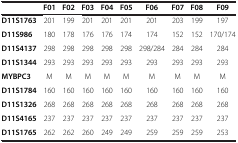
<table><thead><tr><td><b> </b></td><td><b>F01</b></td><td><b>F02</b></td><td><b>F03</b></td><td><b>F04</b></td><td><b>F05</b></td><td><b>F06</b></td><td><b>F07</b></td><td><b>F08</b></td><td><b>F09</b></td></tr></thead><tbody><tr><td><b>D11S1763</b></td><td>201</td><td>199</td><td>201</td><td>201</td><td>201</td><td>201</td><td>203</td><td>199</td><td>197</td></tr><tr><td><b>D11S986</b></td><td>180</td><td>178</td><td>176</td><td>176</td><td>174</td><td>174</td><td>152</td><td>152</td><td>170/174</td></tr><tr><td><b>D11S4137</b></td><td>298</td><td>298</td><td>298</td><td>298</td><td>298</td><td>298/284</td><td>284</td><td>284</td><td>284</td></tr><tr><td><b>D11S1344</b></td><td>293</td><td>293</td><td>293</td><td>293</td><td>293</td><td>293</td><td>293</td><td>293</td><td>293</td></tr><tr><td><b>MYBPC3</b></td><td>M</td><td>M</td><td>M</td><td>M</td><td>M</td><td>M</td><td>M</td><td>M</td><td>M</td></tr><tr><td><b>D11S1784</b></td><td>160</td><td>160</td><td>160</td><td>160</td><td>160</td><td>160</td><td>160</td><td>160</td><td>160</td></tr><tr><td><b>D11S1326</b></td><td>268</td><td>268</td><td>268</td><td>268</td><td>268</td><td>268</td><td>268</td><td>268</td><td>268</td></tr><tr><td><b>D11S4165</b></td><td>237</td><td>237</td><td>237</td><td>237</td><td>237</td><td>237</td><td>237</td><td>237</td><td>237</td></tr><tr><td><b>D11S1765</b></td><td>262</td><td>262</td><td>260</td><td>249</td><td>249</td><td>259</td><td>259</td><td>259</td><td>253</td></tr></tbody></table>